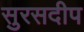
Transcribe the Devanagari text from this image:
सुरसदीप